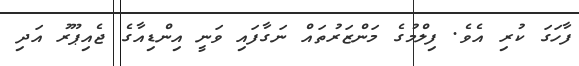
ފާހަގަ ކުރި އެވެ. ފިލްމުގެ މަންޒަރުތައް ނަގާފައި ވަނީ އިންޑިއާގެ ޖެއިޕޫރު އަދި